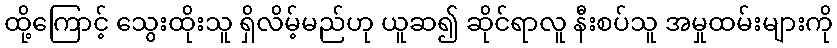
ထို့ကြောင့် သွေးထိုးသူ ရှိလိမ့်မည်ဟု ယူဆ၍ ဆိုင်ရာလူ နီးစပ်သူ အမှုထမ်းများကို